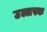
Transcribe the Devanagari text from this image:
उल्लस्क